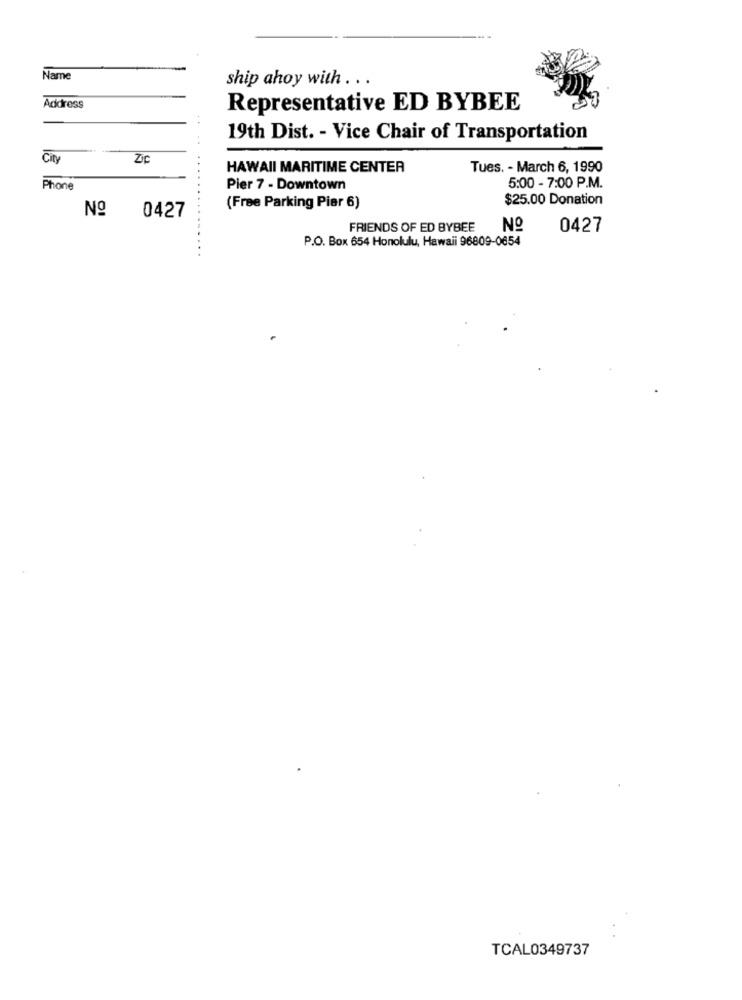
Name
ship ahoy with . ..
Address
Representative ED BYBEE
19th Dist. - Vice Chair of Transportation
City
Zic
HAWAII MARITIME CENTER
Tues. - March 6, 1990
5:00 - 7:00 P.M.
Phone
Pier 7 - Downtown
$25.00 Donation
Nº
(Free Parking Pier 6)
0427
FRIENDS OF ED BYBEE
No
0427
P.O. Box 654 Honolulu, Hawaii 96809-0654
TCAL0349737